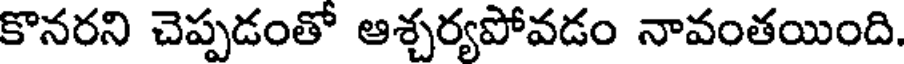
కొనరని చెప్పడంతో ఆశ్చర్యపోవడం నావంతయింది.